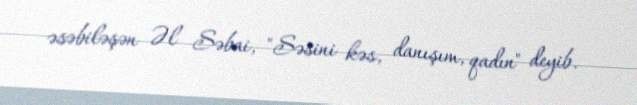
əsəbiləşən Əl Səbai, "Səsini kəs, danışım, qadın" deyib.